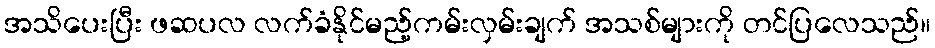
အသိပေးပြီး ဖဆပလ လက်ခံနိုင်မည့်ကမ်းလှမ်းချက် အသစ်များကို တင်ပြလေသည်။